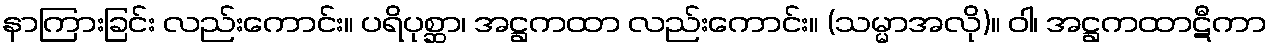
နာကြားခြင်း လည်းကောင်း။ ပရိပုစ္ဆာ၊ အဋ္ဌကထာ လည်းကောင်း။ (သမ္မာအလို)။ ဝါ၊ အဋ္ဌကထာဋီကာ